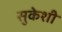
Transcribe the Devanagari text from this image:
सुकेशी